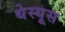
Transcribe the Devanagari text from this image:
थेस्यूस